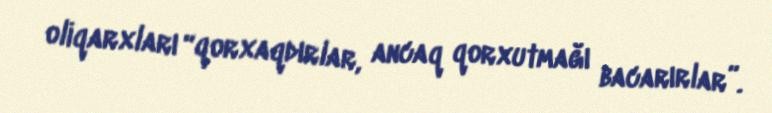
oliqarxları “qorxaqdırlar, ancaq qorxutmağı bacarırlar”.